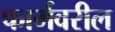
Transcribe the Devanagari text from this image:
फार्मवरील